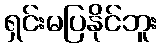
ရှင်းမပြနိုင်ဘူး